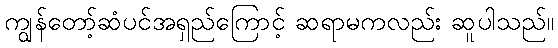
ကျွန်တော့်ဆံပင်အရှည်ကြောင့် ဆရာမကလည်း ဆူပါသည်။